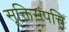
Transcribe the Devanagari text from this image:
सूक्तिसंपत्ति